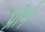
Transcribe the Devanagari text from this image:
प्रीमे